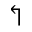
\Lsh